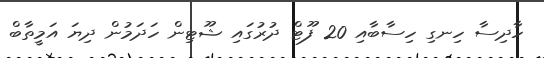
ހާދިސާ ހިނގި ހިސާބާއި 20 ފޫޓް ދުުރުގައި ޝޫޓިން ހަދަމުން ދިޔަ އަމީތާބް